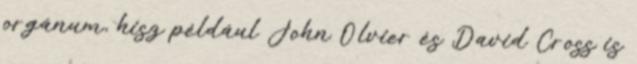
orgánum, hisz például John Olvier és David Cross is